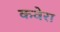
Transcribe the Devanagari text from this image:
कवेरा